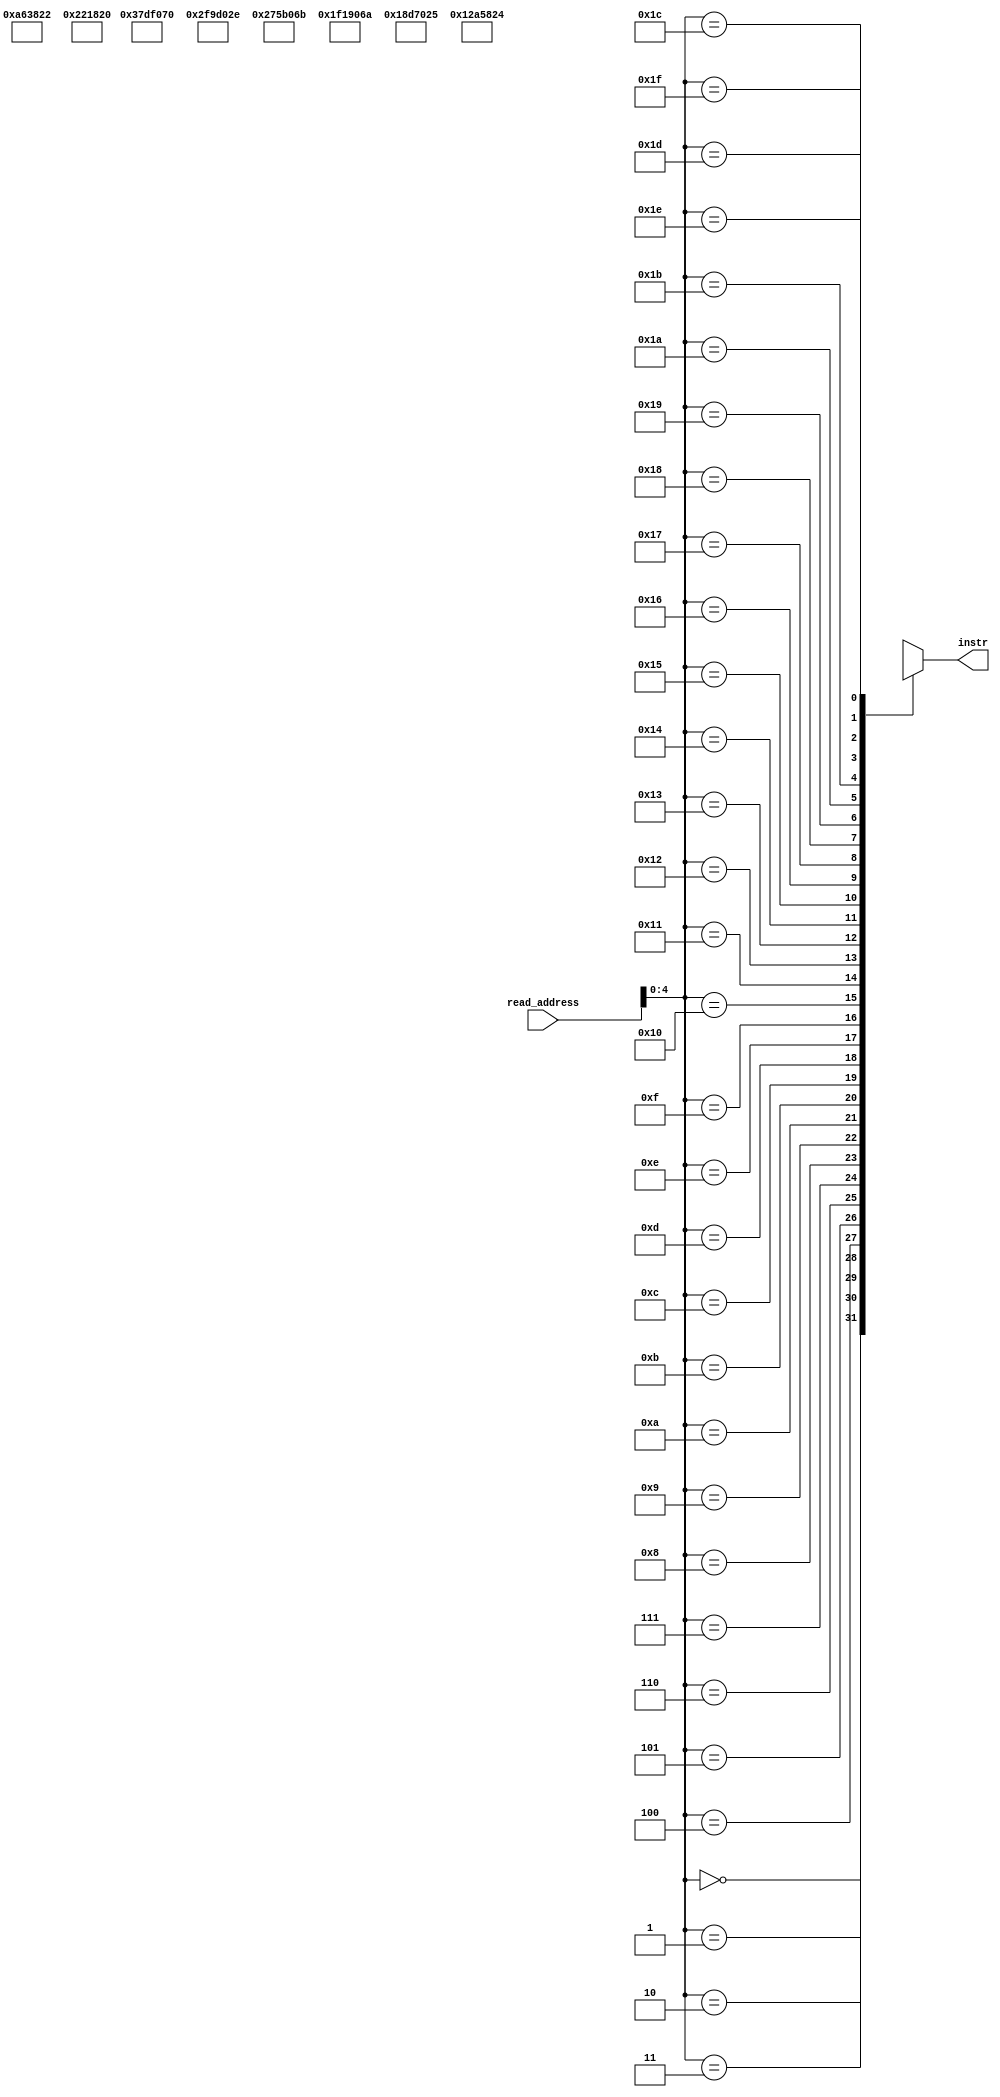
`timescale 1ns / 1ps
//////////////////////////////////////////////////////////////////////////////////
// Company: 
// Engineer: 
// 
// Design Name: 
// Module Name: instruction_memory
// Project Name: 
// Target Devices: 
// Tool Versions: 
// Description: 
// 
// Dependencies: 
// 
// Revision:
// Revision 0.01 - File Created
// Additional Comments:
// 
//////////////////////////////////////////////////////////////////////////////////
//writing instruction memory

module instruction_memory(instr,read_address);
input [31:0]read_address;
output reg[31:0]instr;
wire [31:0]mem[31:0];
assign mem[0]=32'b000000_00001_00010_00011_00000_100000;//
//rtype(000000) add(100000) the data from location00101and 00100 and store it to 00110
//op_rs_rt_rd_shamt_function

assign mem[4]=32'b000000_00101_00110_00111_00000_100010;
//rtype(000000) subtract(100010) the data from location00111and 01000 and store it to 01001
assign mem[8]=32'b000000_01001_01010_01011_00000_100100;
//rtype(000000) multiply(100010) the data from location 01010 and01011 and store result in01100
assign mem[12]=32'b000000_01100_01101_01110_00000_100101;
//rtype(000000) divide(100101) the data from location 01101 and 01110 and store result in01111
assign mem[16]=32'b000000_01111_10001_10010_00001_101010;
//rtype(00000) shift_right by amount 1
assign mem[20]=32'b000000_10011_10101_10110_00001_101011;
//rtype(000000) shift left
assign mem[24]=32'b000000_10111_11001_11010_00000_101110;
//rtype(000000) or
assign mem[28]=32'b000000_11011_11101_11110_00001_110000;
//rtype(000000) and
always@(*)
begin
instr<=mem[read_address];
end
endmodule